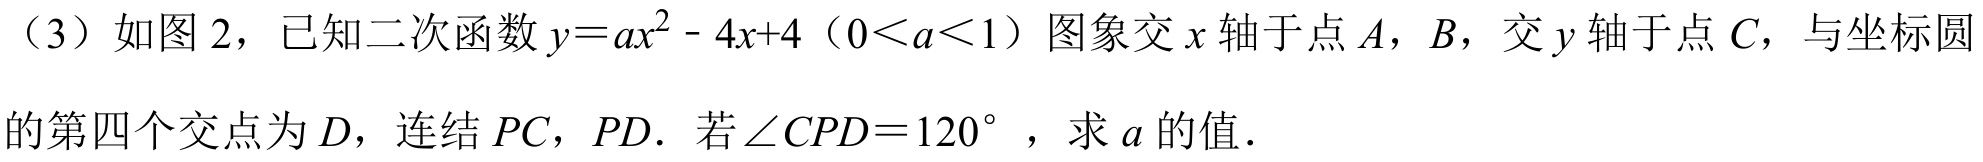
（3）如图2，已知二次函数\(y = ax^{2}-4x + 4\)（\(0 < a < 1\)）图象交\(x\)轴于点\(A\)，\(B\)，交\(y\)轴于点\(C\)，与坐标圆
的第四个交点为\(D\)，连结\(PC\)，\(PD\)．若\(\angle CPD = 120^{\circ}\) ，求\(a\)的值．